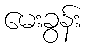
မေးခွန်း